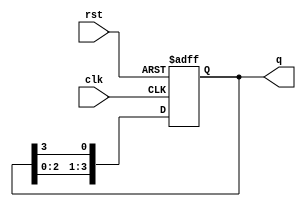
module ring_counter #(
    parameter N = 4  // Number of bits (flip-flops) in the ring counter
)(
    input wire clk,        // Clock signal
    input wire rst,        // Asynchronous reset signal
    output reg [N-1:0] q   // Counter output
);

// On reset, initialize the ring counter
always @(posedge clk or posedge rst) begin
    if (rst) begin
        // Reset state (initial state with the first flip-flop set)
        q <= 1'b1;  // Initialize with '000...001'
    end else begin
        // Shift the '1' to the next position
        q <= {q[N-2:0], q[N-1]};  // Shift left and wrap around
    end
end

endmodule